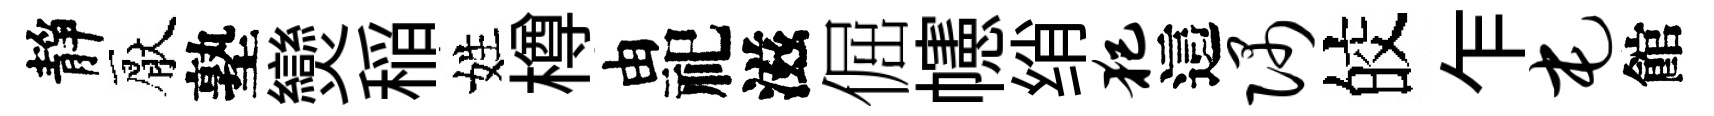
靜厭塾𤓖稲姓樽由祀滋倔幰绡犯這隅皎乍屯館